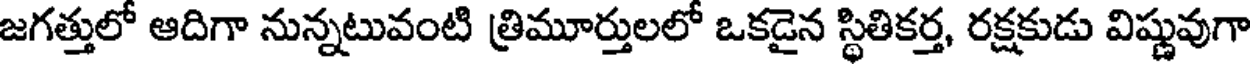
జగత్తులో ఆదిగా నున్నటువంటి త్రిమూర్తులలో ఒకడైన స్థితికర్త, రక్షకుడు విష్ణువుగా